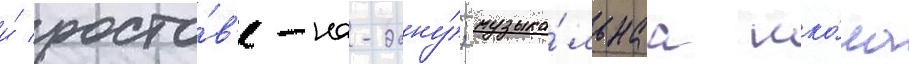
и́ росто́в'е-на-дону́; музыка́льнаа шко́ла